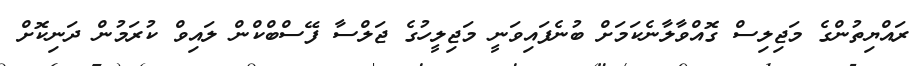
ރައްޔިތުންގެ މަޖިލިސް ގޮއްވާލާނެކަމަށް ބުނެފައިވަނީ މަޖިލީހުގެ ޖަލްސާ ފޭސްބްކްން ލައިވް ކުރަމުން ދަނިކޮށް